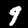
Label: 9